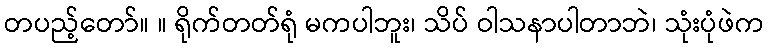
တပည့်တော်။ ။ ရိုက်တတ်ရုံ မကပါဘူး၊ သိပ် ဝါသနာပါတာဘဲ၊ သုံးပုံဖဲက